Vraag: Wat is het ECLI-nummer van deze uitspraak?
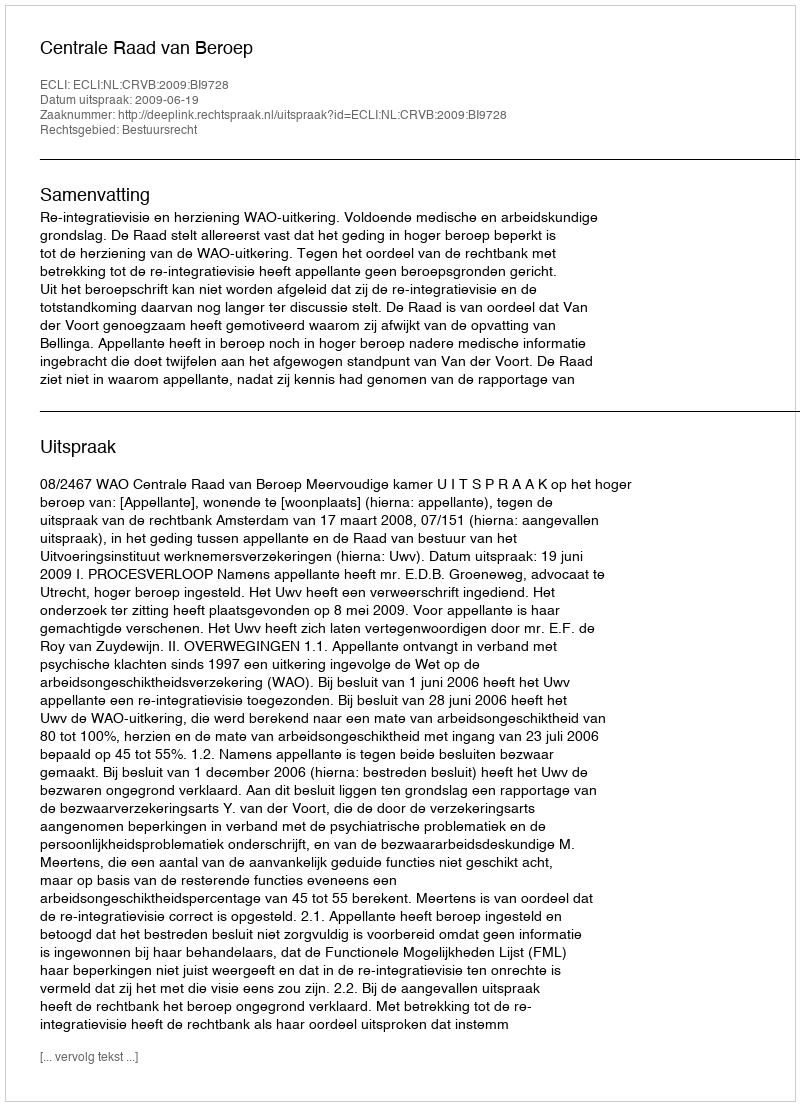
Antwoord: ECLI:NL:CRVB:2009:BI9728